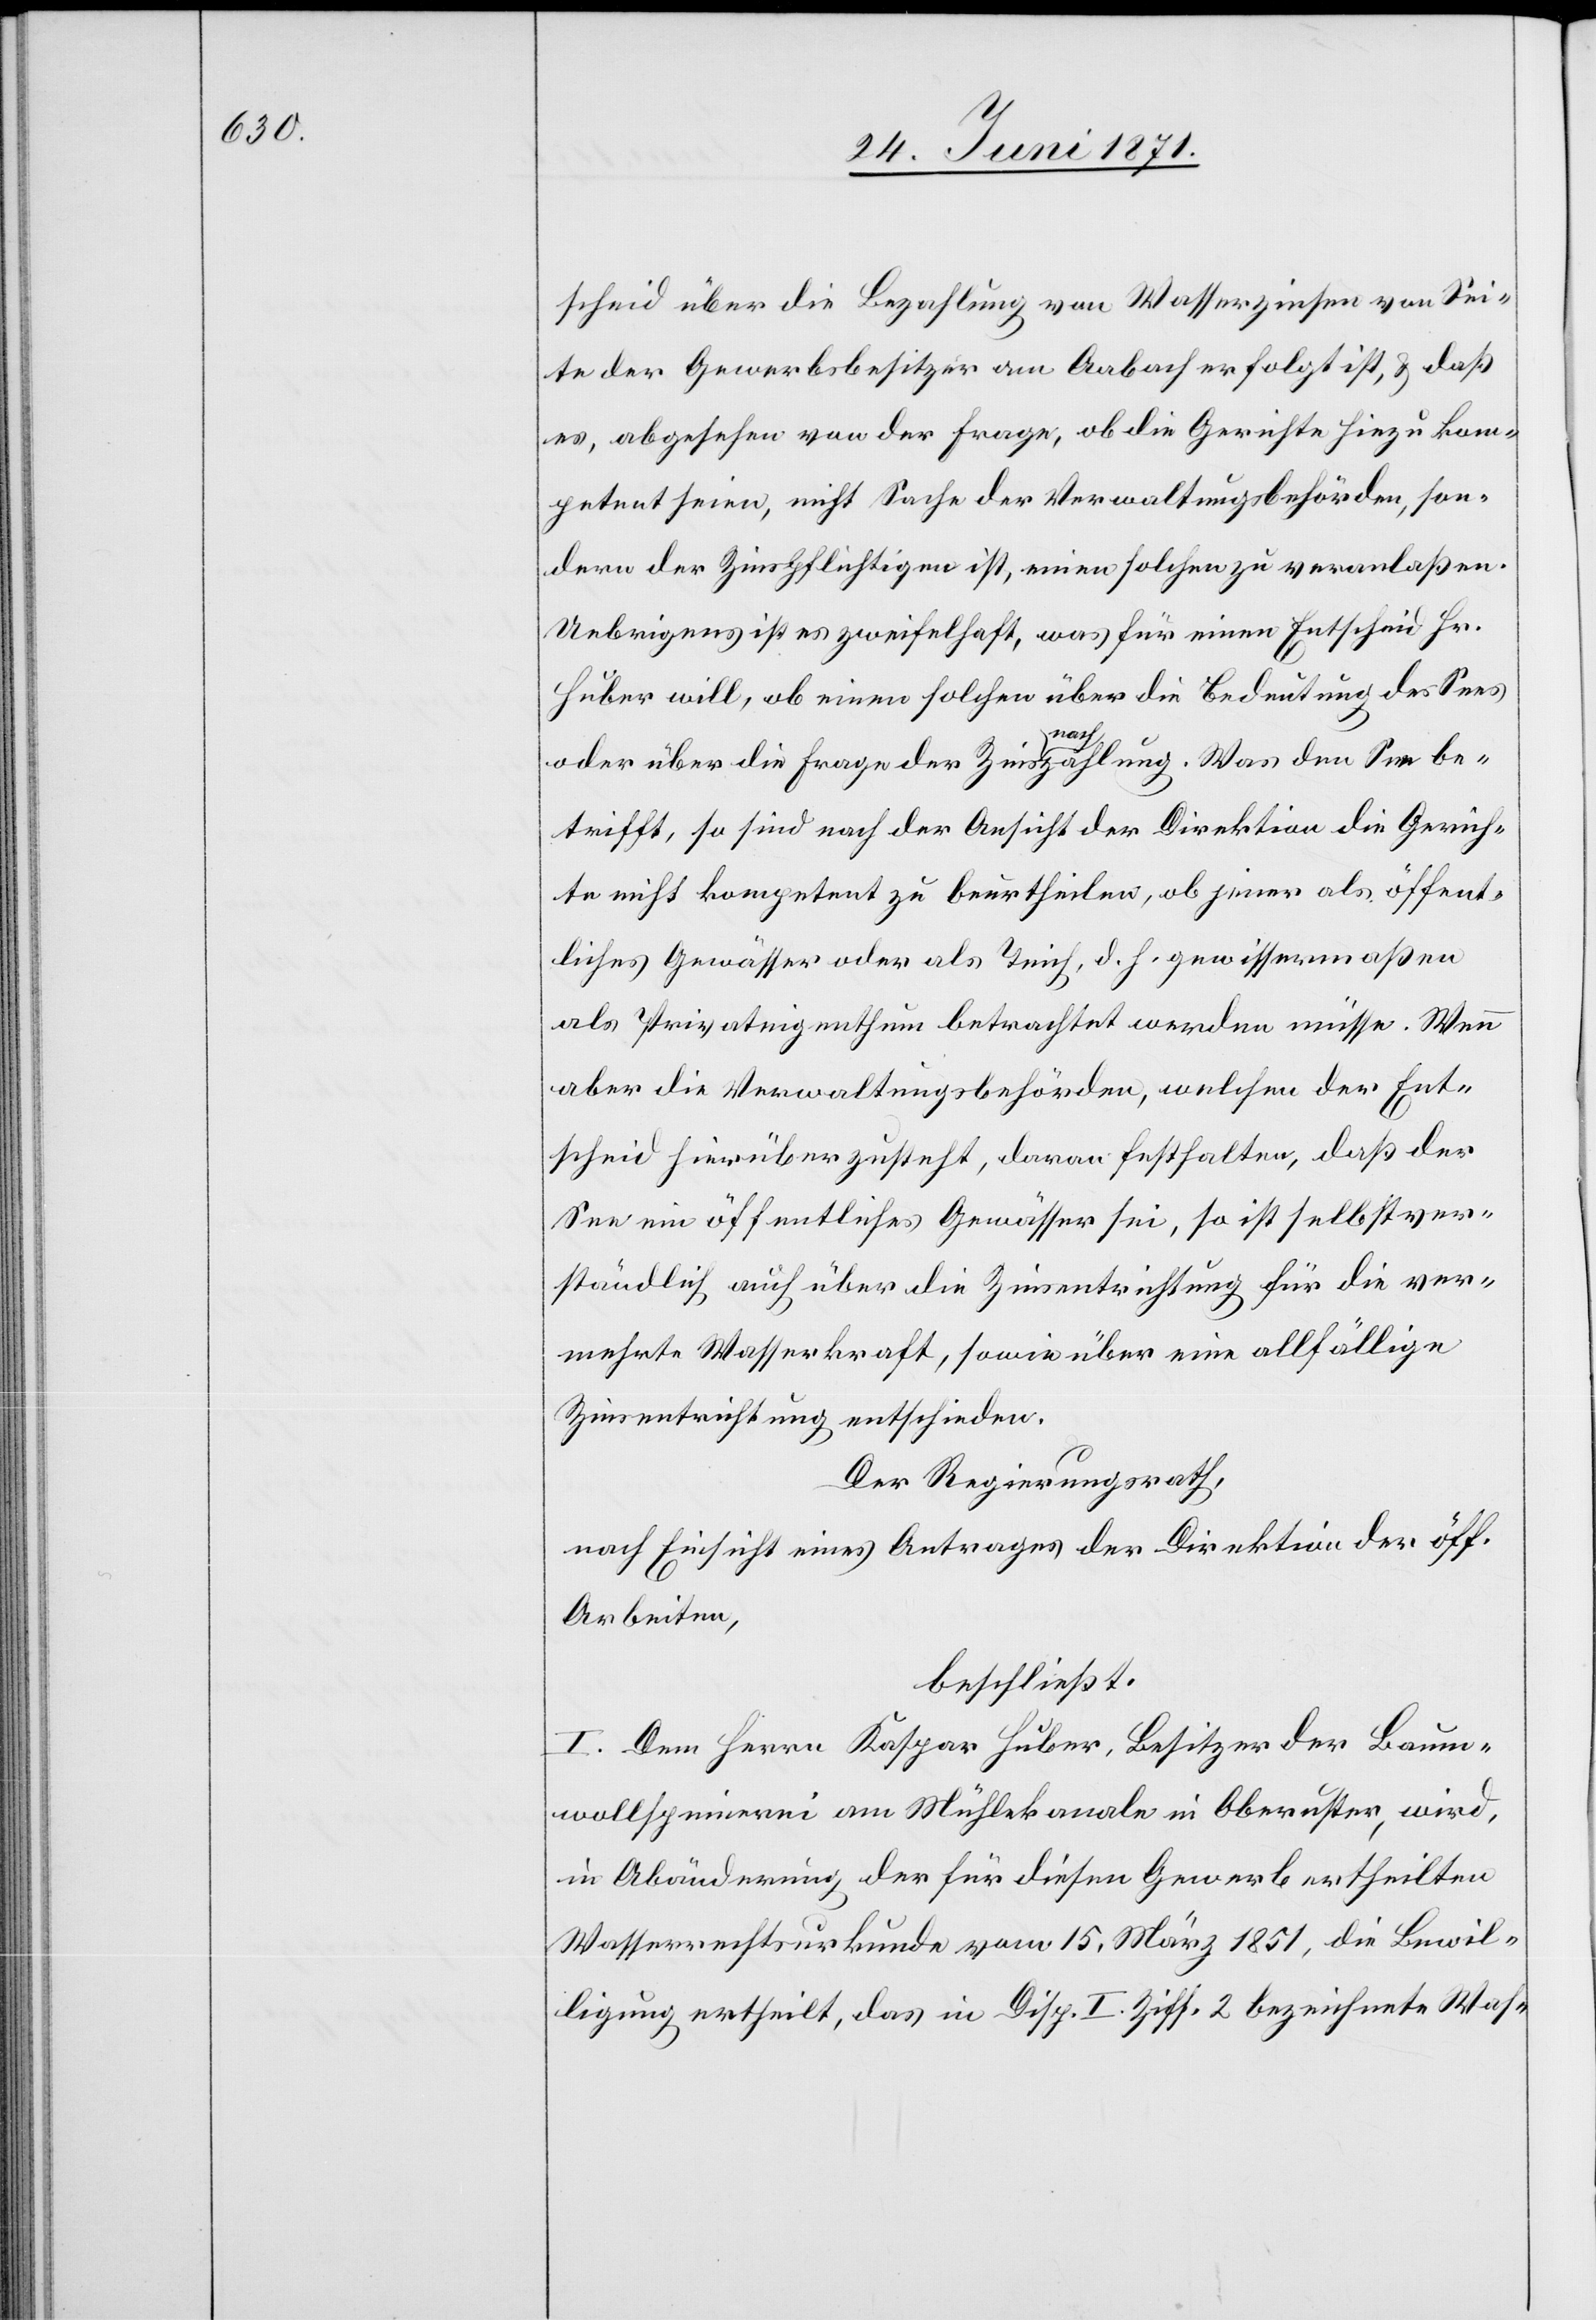
scheid über die Bezahlung von Wasserzinsen von Sei¬
te der Gewerbsbesitzer am Aabach erfolgt ist, u. daß
es, abgesehen von der Frage, ob die Gerichte hiezu kom¬
petent seien, nicht Sache der Verwaltungsbehörden, son¬
dern der Zinspflichtigen ist, einen solchen zu veranlaßen.
Uebrigens ist es zweifelhaft, was für einen Entscheid Hr.
Huber will, ob einen solchen über die Bedeutung des Sees
oder über die Frage der Zinsnachzahlung. Was den See be¬
trifft, so sind nach der Ansicht der Direktion die Gerich¬
te nicht kompetent zu beurtheilen, ob jener als öffent¬
liches Gewässer oder als Teich, d. h. gewissermaßen
als Privateigenthum betrachtet werden müsse. Wenn
aber die Verwaltungsbehörden, welchen der Ent¬
scheid hierüber zusteht, daran festhalten, daß der
See ein öffentliches Gewässer sei, so ist selbstver¬
ständlich auch über die Zinsentrichtung für die ver¬
mehrte Wasserkraft, sowie über eine allfällige
Zinsentrichtung entschieden.
Der Regierungsrath,
nach Einsicht eines Antrages der Direktion der öff.
Arbeiten,
beschließt:
I. Dem Herrn Kaspar Huber, Besitzer der Baum¬
wollspinnerei am Mühlekanale in Oberuster, wird,
in Abänderung der für diesen Gewerb ertheilten
Wasserrechtsurkunde vom 15. März 1851, die Bewil¬
ligung ertheilt, das in Disp. I. Ziff. 2 bezeichnete Was-